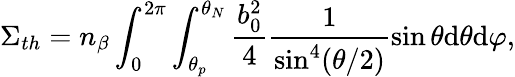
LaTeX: \Sigma_{th}=n_{\beta}\int_{0}^{2\pi}\int_{\theta_{p}}^{\theta_{N}}\frac{b_{0}^{2}}{4}\frac{1}{\sin^{4}(\theta/2)}\sin\theta\mathrm{d}\theta\mathrm{d}\varphi,